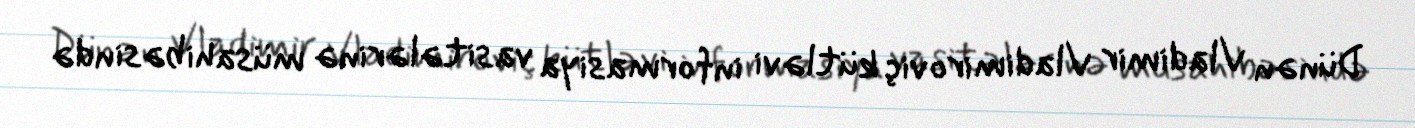
Dünən Vladimir Vladimiroviç kütləvi informasiya vasitələrinə müsahibəsində